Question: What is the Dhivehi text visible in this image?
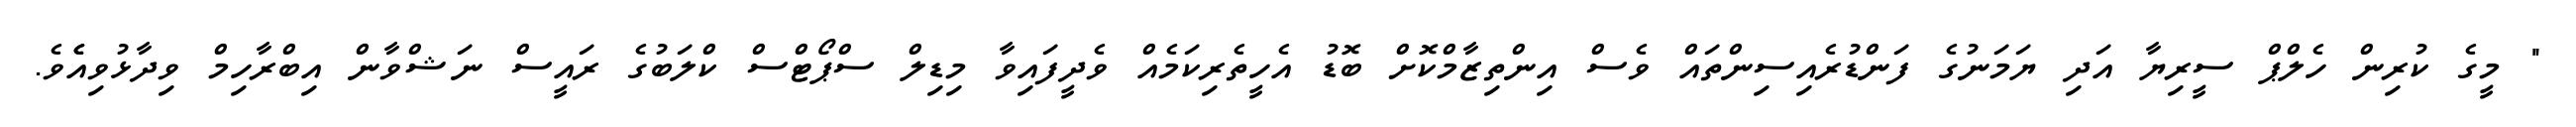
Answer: " މީގެ ކުރިން ހެލްޕް ސީރިޔާ އަދި ޔަމަނުގެ ފަންޑުރެއިސިންތައް ވެސް އިންތިޒާމްކޮށް ބޮޑު އެހީތެރިކަމެއް ވެދީފައިވާ މިޑިލް ސްޕޯޓްސް ކްލަބުގެ ރައީސް ނަޝްވާން އިބްރާހިމް ވިދާޅުވިއެެވެ.